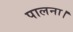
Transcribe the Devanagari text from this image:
पालना।